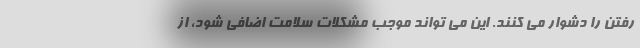
رفتن را دشوار می کنند. این می تواند موجب مشکلات سلامت اضافی شود، از